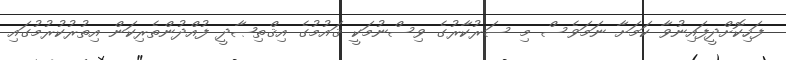
ފަހިކޮށްދީފައިނުވާ ކަމަށާ ނަމަވެސް މި ސަރުކާރުގެ ވިސްނުމަކީ ޤައުމުގެ އިޤްތިޞާދީ ފުއްދުންތެރިކަން އިތުރުކުރުމުގައި